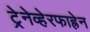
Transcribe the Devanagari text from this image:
ट्रेनेव्हेरफाह्रेन